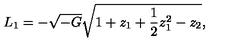
L _ { 1 } = - \sqrt { - G } \sqrt { 1 + z _ { 1 } + { \frac { 1 } { 2 } } z _ { 1 } ^ { 2 } - z _ { 2 } } ,